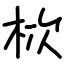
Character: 栨